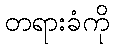
တရားခံကို